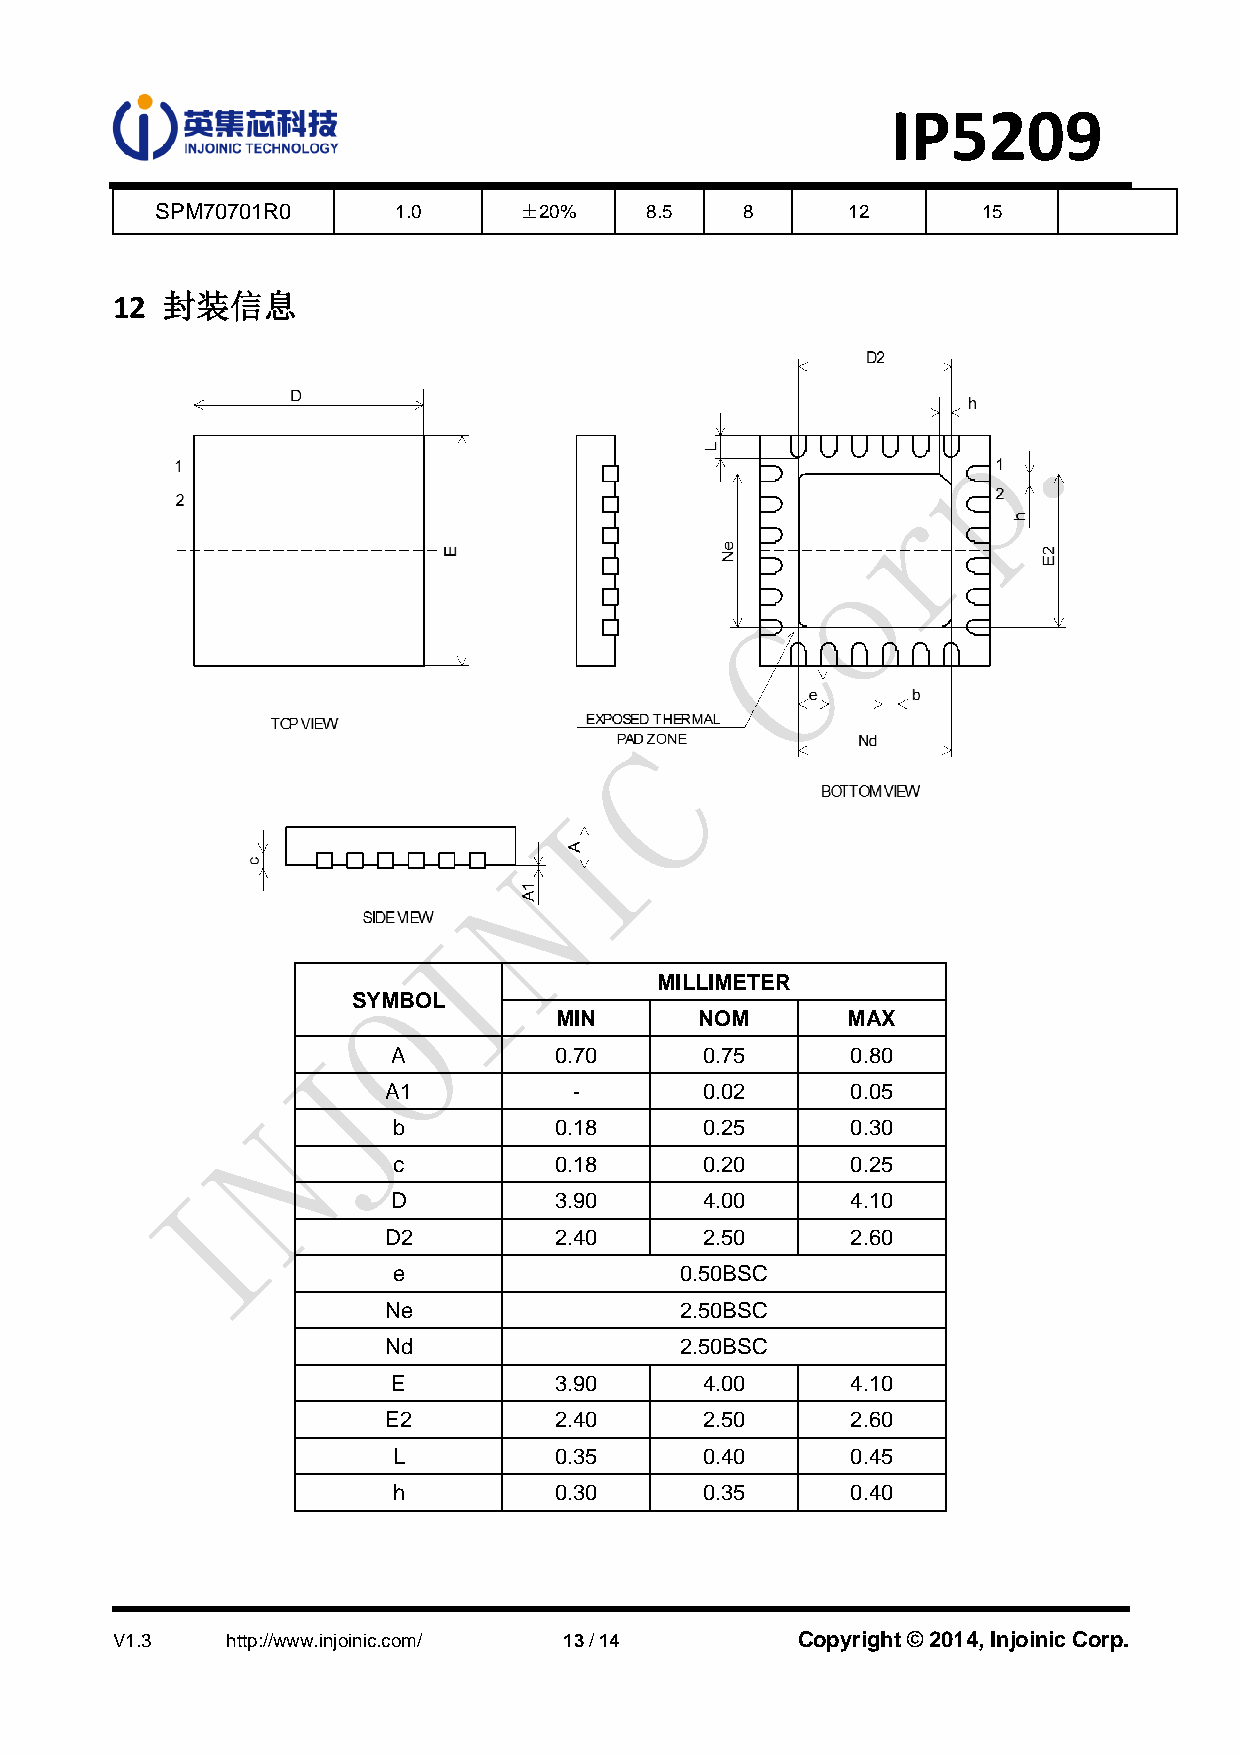
IP5209
 SPM70701R0      1.0     ±20%     8.5   8      12       15
 12  封装信息
 MILLIMETER
 SYMBOL
 MIN      NOM       MAX
 A          0.70     0.75      0.80
 A1           -       0.02      0.05
 b          0.18     0.25      0.30
 c          0.18     0.20      0.25
 D          3.90     4.00      4.10
 D2          2.40     2.50      2.60
 e                  0.50BSC
 Ne                  2.50BSC
 Nd                  2.50BSC
 E          3.90     4.00      4.10
 E2          2.40     2.50      2.60
 L          0.35     0.40      0.45
 h          0.30     0.35      0.40
 V1.3    http://www.injoinic.com/ 13 / 14      Copyright © 2014, Injoinic Corp.